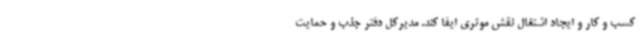
کسب و کار و ایجاد اشتغال نقش موثری ایفا کند. مدیرکل دفتر جذب و حمایت